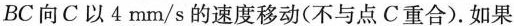
BC向C以4mm/s的速度移动(不与点C重合).如果